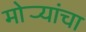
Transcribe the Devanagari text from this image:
मोर्‍यांचा